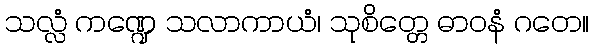
သလ္လံ ကဏ္ဍေ သလာကာယံ၊ သုစိတ္တေ ဓာဝနံ ဂတေ။